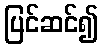
ပြင်ဆင်၍